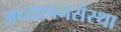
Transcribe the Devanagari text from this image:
अध्यापनसंस्था